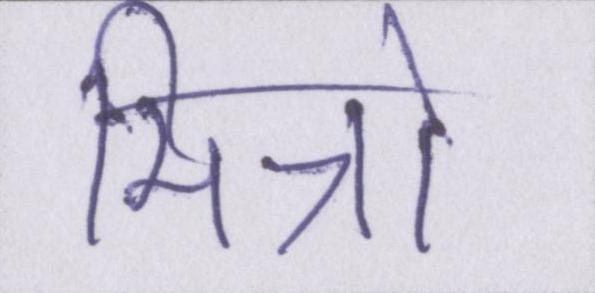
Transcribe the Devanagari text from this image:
मित्रो